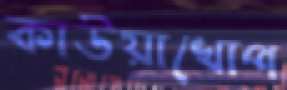
কাউয়াখোপ